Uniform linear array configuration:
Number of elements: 48
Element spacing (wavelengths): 0.75
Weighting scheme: hamming
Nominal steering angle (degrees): -60
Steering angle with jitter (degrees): -59.869
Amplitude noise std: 0.05
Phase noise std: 0.05

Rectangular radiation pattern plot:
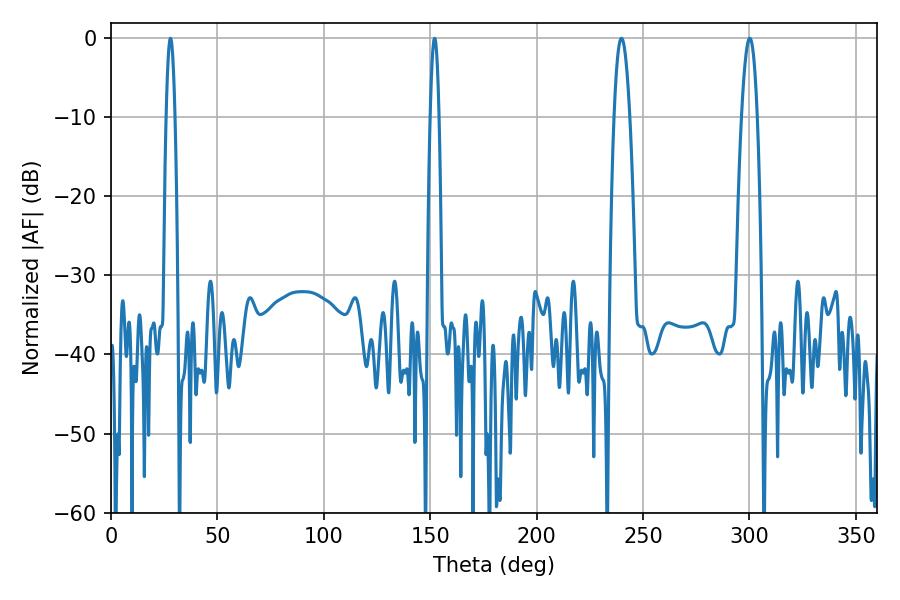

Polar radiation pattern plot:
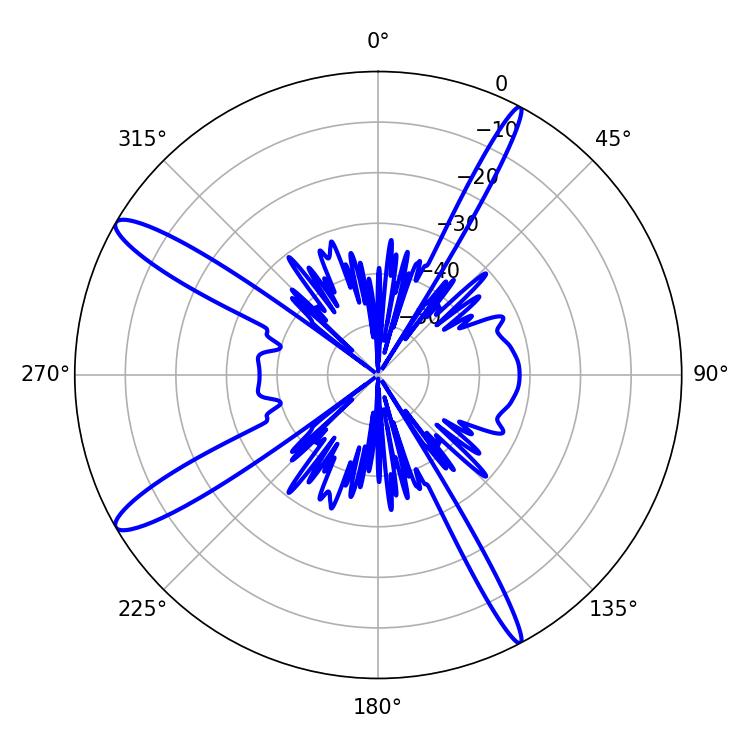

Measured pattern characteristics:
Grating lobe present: TRUE
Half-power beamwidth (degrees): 2.16
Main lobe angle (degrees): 27.9